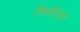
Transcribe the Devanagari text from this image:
स्थितियॉ